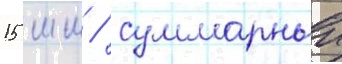
15 мм / суммарныи